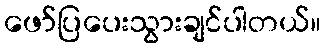
ဖော်ပြပေးသွားချင်ပါတယ်။